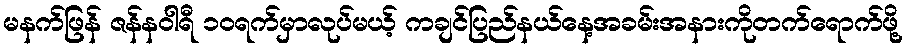
မနက်ဖြန် ဇန်နဝါရီ ၁၀ရက်မှာလုပ်မယ့် ကချင်ပြည်နယ်နေ့အခမ်းအနားကိုတက်ရောက်ဖို့